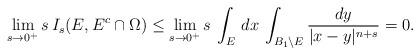
LaTeX: \begin{align*}\lim_{s\to0^+} s\,I_s(E,E^c\cap\Omega)\le\lim_{s\to0^+} s\,\int_E\,dx\, \int_{B_1\setminus E}\frac{dy}{|x-y|^{n+s}}=0.\end{align*}